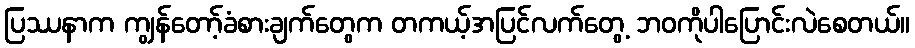
ပြဿနာက ကျွန်တော့်ခံစားချက်တွေက တကယ့်အပြင်လက်တွေ့ ဘဝကိုပါပြောင်းလဲစေတယ်။